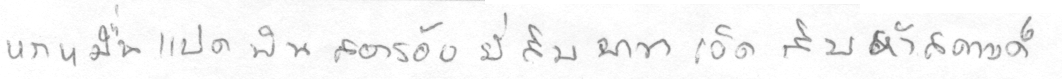
หกหมื่นแปดพันสองร้อยยี่สิบบาทเจ็ดสิบห้าสตางค์